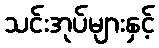
သင်းအုပ်များနှင့်